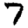
Digit: 7